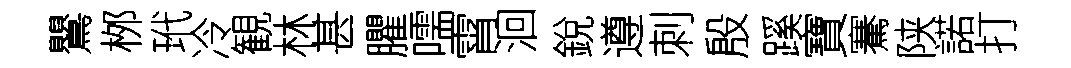
鸎桞玳冷観林甚臞嚅霄洄銳遵刺殷蹊寶騫陕諾打